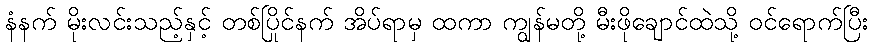
နံနက် မိုးလင်းသည့်နှင့် တစ်ပြိုင်နက် အိပ်ရာမှ ထကာ ကျွန်မတို့ မီးဖိုချောင်ထဲသို့ ဝင်ရောက်ပြီး